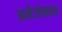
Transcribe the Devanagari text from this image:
अमेजोनास